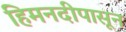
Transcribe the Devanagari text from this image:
हिमनदीपासून